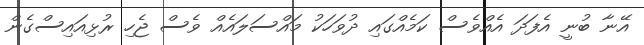
އޭނާ ބުނީ އެފަދަ އެއްވެސް ކަމެއްގައި ދުވަހަކު މައްސަލައެއް ވެސް ޖެހި ރުޅިއައިސްގެން